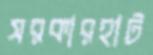
সরকারহাট